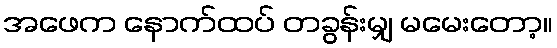
အဖေက နောက်ထပ် တခွန်းမျှ မမေးတော့။